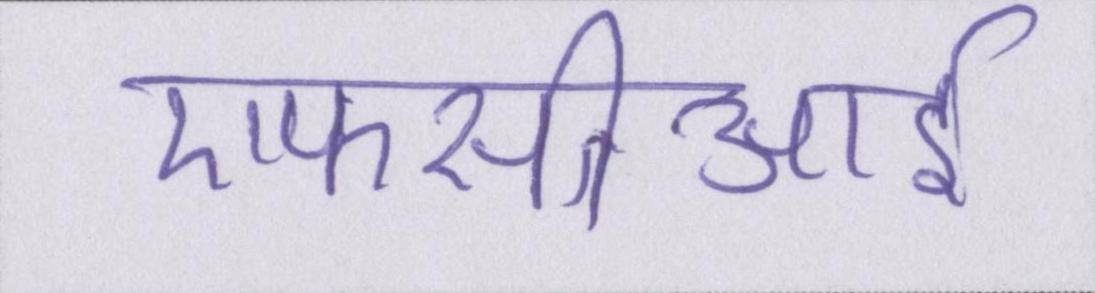
एफसीआई